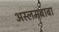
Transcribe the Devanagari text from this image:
अस्लमबाबा